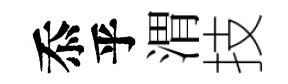
忝乎渭技